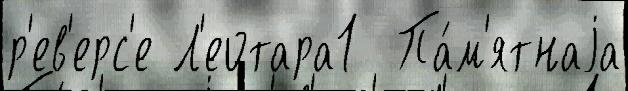
р'ев'ерс'е Л'еотара1  Па́м'ятнаjа